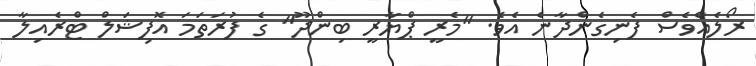
ރޯލެއްވެސް ފެނިގެންދާނެ އެވެ. "މެރީ ޕްޔާރީ ބިންދޫ" ގެ ފުރަތަމަ އޮފިޝަލް ޓްރެއިލާ